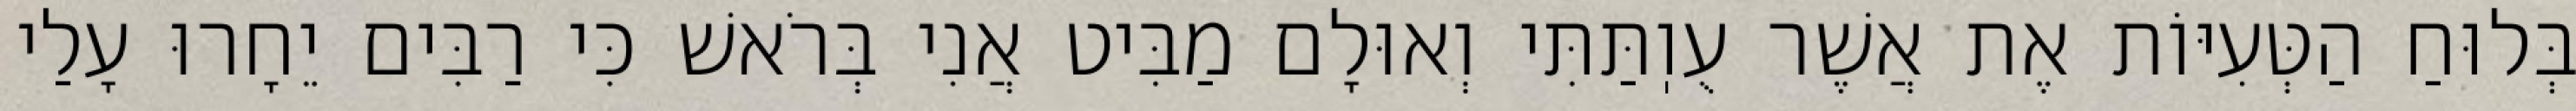
בְּלוּחַ הַטְּעִיּוֹת אֶת אֲשֶׁר עֻוֽתַּתִּי וְאוּלָם מַבִּיט אֲנִי בְּרֹאשׁ כִּי רַבִּים יֵחָרוּ עָלַי